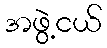
အဖွဲ့ငယ်